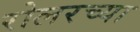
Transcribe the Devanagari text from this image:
रोलरच्या